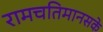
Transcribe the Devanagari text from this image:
रामचतिमानसके